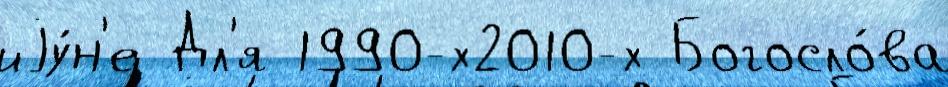
иjу́н'е Дл'я 1990-х2010-х Богосло́ва